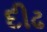
દીઢ